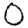
Digit: 0